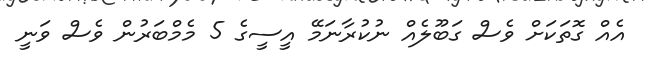
އެއް ގޮތަކަށް ވެސް ގަބޫލެއް ނުކުރާނަމޭ އީސީގެ 5 މެމްބަރުން ވެސް ވަނީ